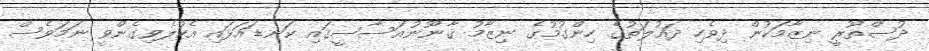
ދުސްތޫރީ ނިޒާމަކުން ދިވެހި ދައުލަތުގެ ހިންގުމުގެ ނިޒާމު ޤާނޫނުއަސާސީގައި ކަނޑައަޅައި އެކުލެވިގެންވީ ނަމަވެސް